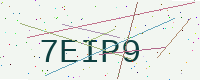
Text: 7EIP9